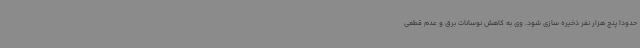
حدودا پنج هزار نفر ذخیره سازی شود. وی به کاهش نوسانات برق و عدم قطعی